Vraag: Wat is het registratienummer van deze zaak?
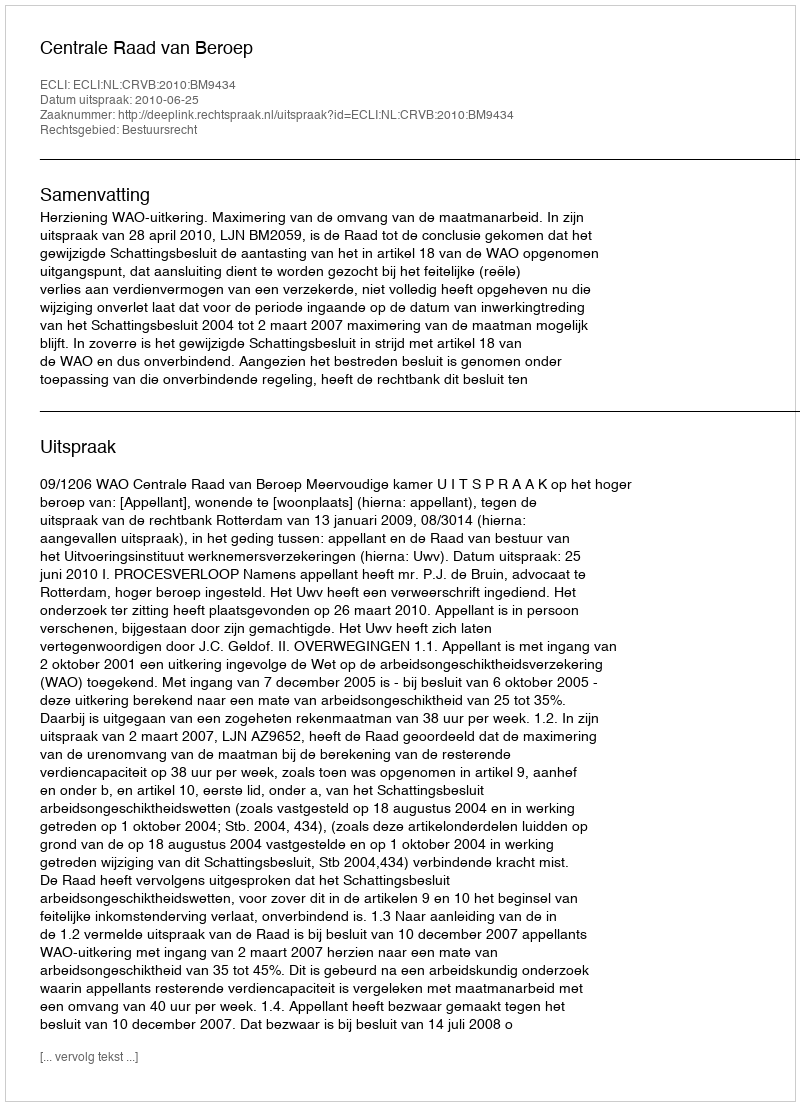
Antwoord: http://deeplink.rechtspraak.nl/uitspraak?id=ECLI:NL:CRVB:2010:BM9434